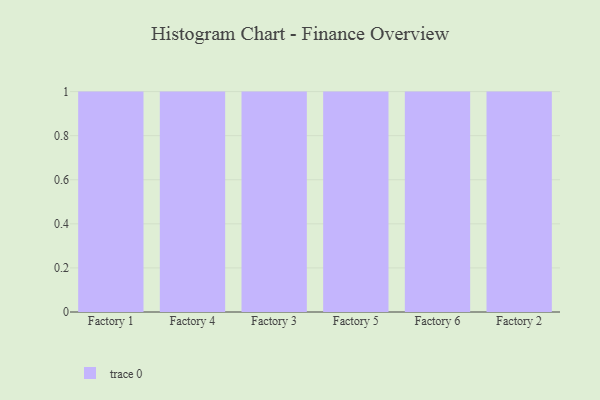
{"axis": {"x": "Factory", "y": "Waste Production (Tons)"}, "legend": [""], "data": [{"x": "Factory 1", "y": 87, "type": ""}, {"x": "Factory 4", "y": 84, "type": ""}, {"x": "Factory 3", "y": 43, "type": ""}, {"x": "Factory 5", "y": 70, "type": ""}, {"x": "Factory 6", "y": 50, "type": ""}, {"x": "Factory 2", "y": 74, "type": ""}]}